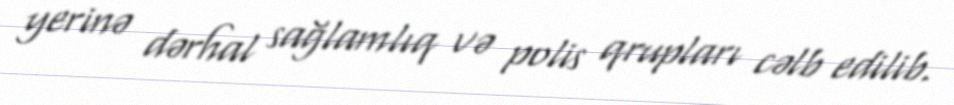
yerinə dərhal sağlamlıq və polis qrupları cəlb edilib.